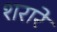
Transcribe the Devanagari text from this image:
शरारे